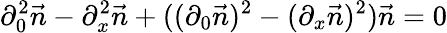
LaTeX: \partial_{0}^{2}\vec{n}-\partial_{x}^{2}\vec{n}+((\partial_{0}\vec{n})^{2}-(\partial_{x}\vec{n})^{2})\vec{n}=0